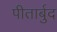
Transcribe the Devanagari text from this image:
पीतार्बुद